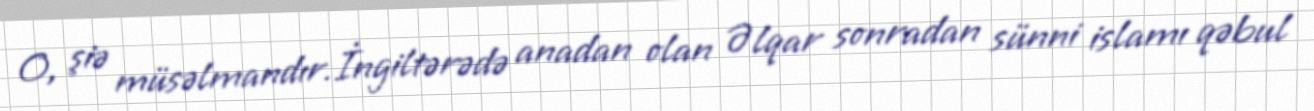
O, şiə müsəlmandır.İngiltərədə anadan olan Əlqar sonradan sünni islamı qəbul